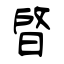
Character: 晵